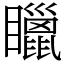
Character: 䁽